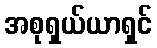
အစုရှယ်ယာရှင်